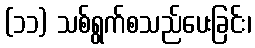
(၁၁) သစ်ရွက်စသည်ပေးခြင်း၊